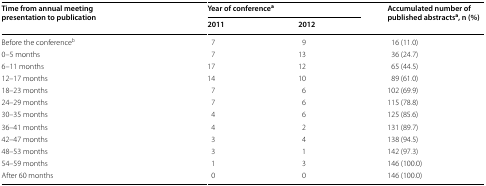
| <ROWSPAN=2> Time from annual meeting presentation to publication | <COLSPAN=2> Year of conferencea | <ROWSPAN=2> Accumulated number of published abstractsa, n (%) |
 | 2011 | 2012 |
 | --- | --- | --- | --- |
 | Before the conferenceb | 7 | 9 | 16 (11.0) |
 | 0–5 months | 7 | 13 | 36 (24.7) |
 | 6–11 months | 17 | 12 | 65 (44.5) |
 | 12–17 months | 14 | 10 | 89 (61.0) |
 | 18–23 months | 7 | 6 | 102 (69.9) |
 | 24–29 months | 7 | 6 | 115 (78.8) |
 | 30–35 months | 4 | 6 | 125 (85.6) |
 | 36–41 months | 4 | 2 | 131 (89.7) |
 | 42–47 months | 3 | 4 | 138 (94.5) |
 | 48–53 months | 3 | 1 | 142 (97.3) |
 | 54–59 months | 1 | 3 | 146 (100.0) |
 | After 60 months | 0 | 0 | 146 (100.0) |